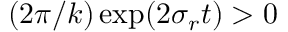
( { 2 \pi } / { k } ) \exp ( { 2 \sigma _ { r } t } ) > 0